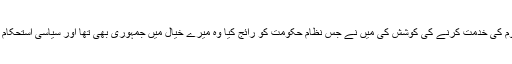
” میں نے پورے خلوص کے ساتھ ملک و قوم کی خدمت کرنے کی کوشش کی میں نے جس نظامِ حکومت کو رائج کیا وہ میرے خیال میں جمہوری بھی تھا اور سیاسی استحکام اور ملکی سا لمیت کی ضمانت بھی دیتا تھا۔